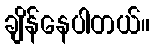
ချိန်နေပါတယ်။